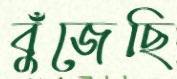
বুঁজেছি